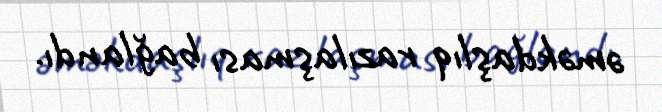
əməkdaşlıq razılaşması bağlandı.